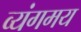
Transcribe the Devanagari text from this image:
व्यंगमय